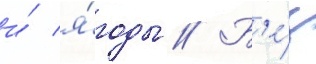
и́ я́годы // Б'е́з